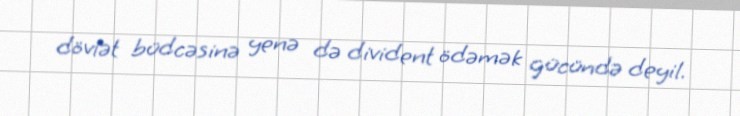
dövlət büdcəsinə yenə də divident ödəmək gücündə deyil.